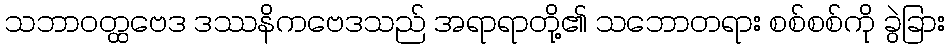
သဘာဝတ္ထဗေဒ ဒဿနိကဗေဒသည် အရာရာတို့၏ သဘောတရား စစ်စစ်ကို ခွဲခြား